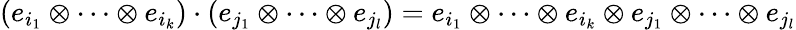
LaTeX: (e_{i_{1}}\otimes\cdots\otimes e_{i_{k}})\cdot(e_{j_{1}}\otimes\cdots\otimes e_{j_{l}})=e_{i_{1}}\otimes\cdots\otimes e_{i_{k}}\otimes e_{j_{1}}\otimes\cdots\otimes e_{j_{l}}